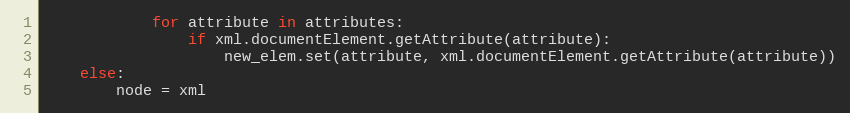
Language: Python
            for attribute in attributes:
                if xml.documentElement.getAttribute(attribute):
                    new_elem.set(attribute, xml.documentElement.getAttribute(attribute))
    else:
        node = xml